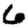
Digit: 6